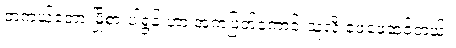
တကယ်တော့ မြို့စားပါရွန်းဟာ အကဲဖြတ်ကောင်းသူလို့ ဖေဖေထင်တယ်။